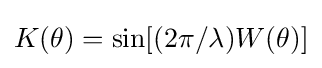
K(\theta )=\sin[(2\pi /\lambda )W(\theta )]